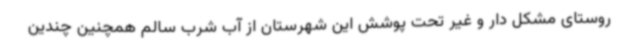
روستای مشکل دار و غیر تحت پوشش این شهرستان از آب شرب سالم همچنین چندین